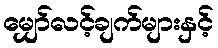
မျှော်လင့်ချက်များနှင့်